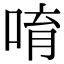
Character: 唷